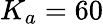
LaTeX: K_{a}=60